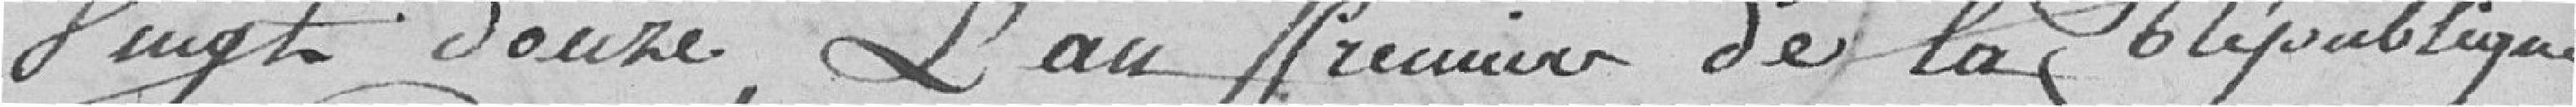
vingt douze, L'an premier de la République